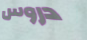
دروس